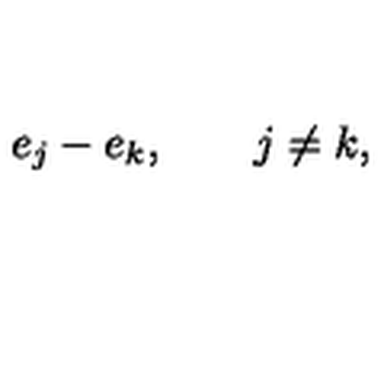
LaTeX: e _ { j } - e _ { k } , \qquad j \ne k ,